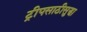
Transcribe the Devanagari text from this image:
ट्रीपसाठीसुद्धा